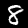
Digit: 8